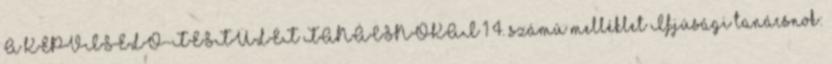
A KÉPVISELŐ-TESTÜLET TANÁCSNOKAI 1 4. számú melléklet Ifjúsági tanácsnok: